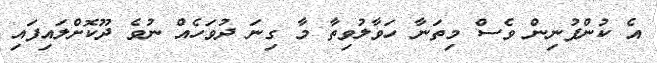
އެ ކުންފުނިން ވެސް މިތަނާ ހަވާލުވިތާ މާ ގިނަ ދުވަހެއް ނުވެ ދޫކޮށްލައިފައި